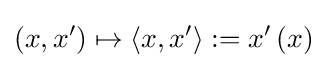
\left(x,x^{\prime }\right)\mapsto \left\langle x,x^{\prime }\right\rangle :=x^{\prime }\left(x\right)